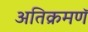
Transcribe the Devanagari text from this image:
अतिक्रमणॅ